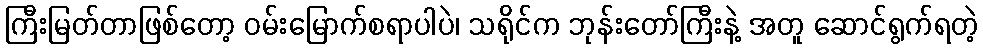
ကြီးမြတ်တာဖြစ်တော့ ဝမ်းမြောက်စရာပါပဲ၊ သရိုင်က ဘုန်းတော်ကြီးနဲ့ အတူ ဆောင်ရွက်ရတဲ့